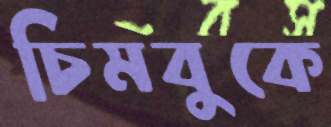
চিমবুকে